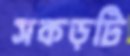
সকড়টি